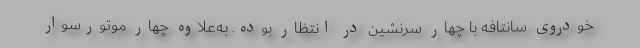
خودروی سانتافه با چهار سرنشین در انتظار بوده. به‌علاوه چهار موتورسوار